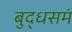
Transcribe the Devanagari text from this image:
बुद्धसमं